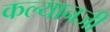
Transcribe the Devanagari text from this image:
कल्यानजी